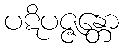
ပဋိပဇ္ဇန္တော